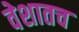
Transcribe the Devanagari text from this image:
वेशातच